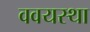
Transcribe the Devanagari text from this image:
ववयस्था